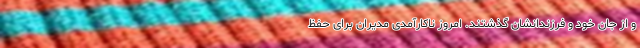
و از جان خود و فرزندانشان گذشتند. امروز ناکارآمدی مدیران برای حفظ